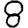
Digit: 8